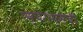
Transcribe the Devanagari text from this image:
एस्पेरान्सची